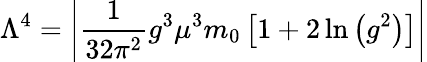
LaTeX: \Lambda^{4}=\left|{\frac{1}{32\pi^{2}}}g^{3}\mu^{3}m_{0}\left[1+2\ln\left(g^{2}\right)\right]\right|